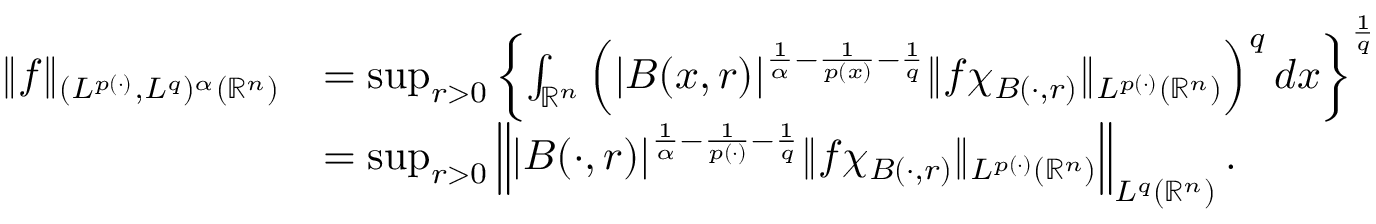
\begin{array} { r l } { \| f \| _ { ( L ^ { p ( \cdot ) } , L ^ { q } ) ^ { \alpha } ( \mathbb { R } ^ { n } ) } } & { = \operatorname* { s u p } _ { r > 0 } \left\{ \int _ { \mathbb { R } ^ { n } } \left( | B ( x , r ) | ^ { \frac { 1 } { \alpha } - \frac { 1 } { p ( x ) } - \frac { 1 } { q } } \| f \chi _ { B ( \cdot , r ) } \| _ { L ^ { p ( \cdot ) } ( \mathbb { R } ^ { n } ) } \right) ^ { q } d x \right\} ^ { \frac { 1 } { q } } } \\ & { = \operatorname* { s u p } _ { r > 0 } \left\| | B ( \cdot , r ) | ^ { \frac { 1 } { \alpha } - \frac { 1 } { p ( \cdot ) } - \frac { 1 } { q } } \| f \chi _ { B ( \cdot , r ) } \| _ { L ^ { p ( \cdot ) } ( \mathbb { R } ^ { n } ) } \right\| _ { L ^ { q } ( \mathbb { R } ^ { n } ) } . } \end{array}